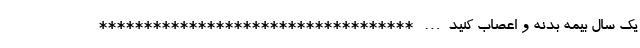
یک سال بیمه بدنه و اعصاب کنید… ***********************************